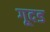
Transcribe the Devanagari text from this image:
गूदड